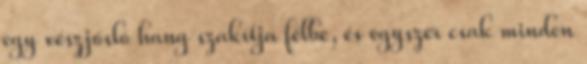
egy vészjósló hang szakítja félbe, és egyszer csak minden